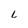
Character: l